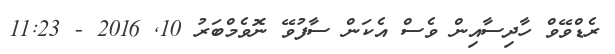
ރެޑްވޭވް ހާދިސާއިން ވެސް އެކަން ސާފުވޭ ނޮވެމްބަރު 10